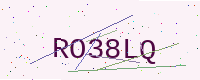
Text: RO38LQ